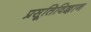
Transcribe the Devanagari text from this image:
प्रसूतिविज्ञान